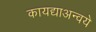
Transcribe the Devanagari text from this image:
कायद्याअन्वये